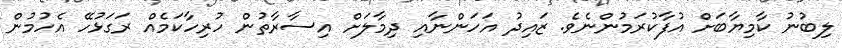
ލިބުނު ކާމިޔާބަށް އުފާކުރަމުންނެވެ. ޒައިދު އަހަންނާއި ދިމާލަށް އިސާރާތުން ހުރިހާކަމެއް ރަގަޅުހޭ އެހުމުން